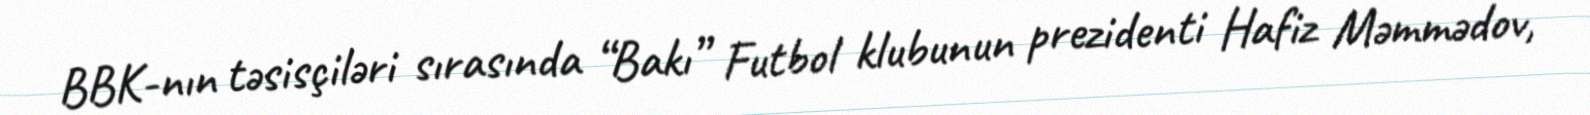
BBK-nın təsisçiləri sırasında “Bakı” Futbol klubunun prezidenti Hafiz Məmmədov,